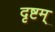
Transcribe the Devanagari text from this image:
दृष्टम्